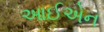
આઈએન